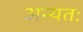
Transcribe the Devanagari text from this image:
अन्यतः